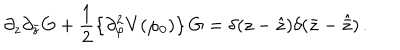
LaTeX: \partial _ { z } \partial _ { \bar { z } } \mathrm { G } + \frac { 1 } { 2 } \left\{ \partial _ { \varphi } ^ { 2 } V ( \varphi _ { 0 } ) \right\} \mathrm { G } = \delta ( z - \hat { z } ) \delta ( \bar { z } - \hat { \bar { z } } ) \, .